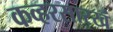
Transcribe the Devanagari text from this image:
कव्हरसारखं